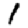
Digit: 1